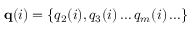
{ \bf q } ( i ) = \{ q _ { 2 } ( i ) , q _ { 3 } ( i ) \ldots q _ { m } ( i ) \ldots \}